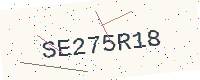
Text: SE275R18